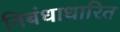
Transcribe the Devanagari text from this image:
निबंधाधारित